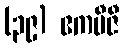
(၃၉) ဧကဗီဇီ